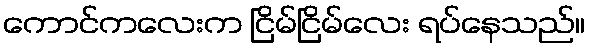
ကောင်ကလေးက ငြိမ်ငြိမ်လေး ရပ်နေသည်။